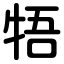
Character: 牾